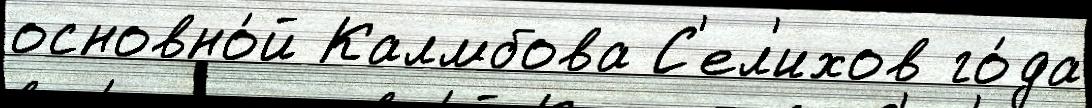
основно́й Калмбова С'ел'ихов го́да